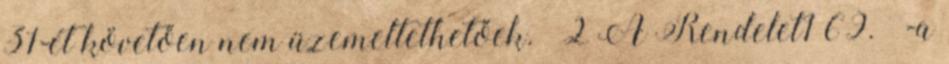
31-ét követően nem üzemeltethetőek.” 2 A Rendelet1 69. §-a